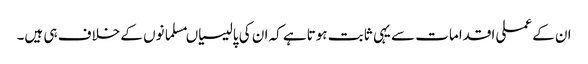
ان کے عملی اقدامات سے یہی ثابت ہوتاہے کہ ان کی پالیسیاںمسلمانوں کے خلاف ہی ہیں۔